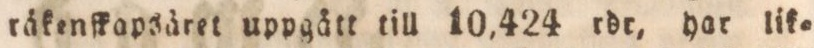
räkenſkapsäret uppgått till 10,424 rdr, har lik=